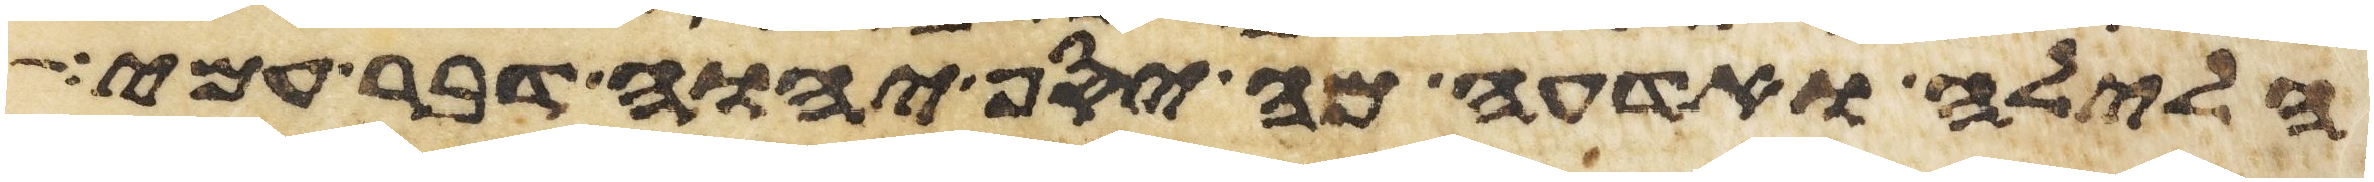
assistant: הלילה ואדעה מה יסף יהוה דבר עמי